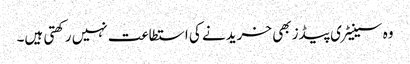
وہ سینیٹری پیڈز بھی خریدنے کی استطاعت نہیں رکھتی ہیں۔